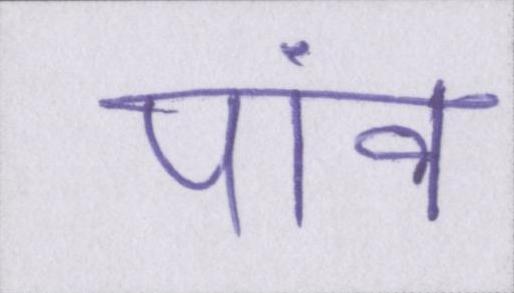
पांव